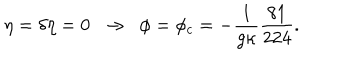
LaTeX: \eta = \delta \eta = 0 \; \; \rightarrow \; \; \phi = \phi _ { c } = - \frac { 1 } { g \kappa } \frac { 8 1 } { 2 2 4 } .